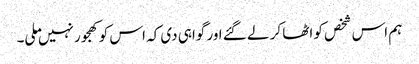
ہم اس شخص کو اٹھا کر لے گئے اور گواہی دی کہ اس کو کھجور نہیں ملی۔